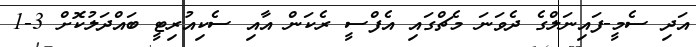
އަދި ސެމީ-ފައިނަލްގެ ދެވަނަ މެޗްގައި އެފްސީ ރެކަން އާއި ސެކިއުރިޓީ ބައްދަލުކޮށް 3-1